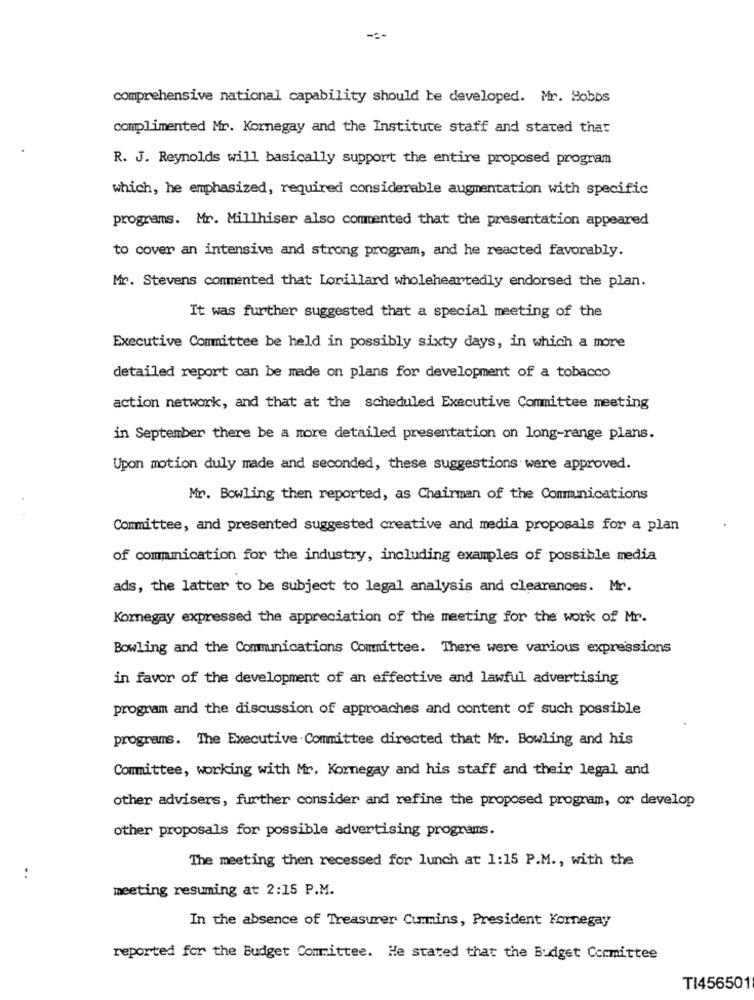
comprehensive national capability should be developed. Mr. Hobbs
complimented Mr. Kornegay and the Institute staff and stated that
R. J. Reynolds will basically support the entire proposed program
which, he emphasized, required considerable augmentation with specific
programs. Mr. Millhiser also commented that the presentation appeared
to cover an intensive and strong program, and he reacted favorably.
Mr. Stevens commented that Lorillard wholeheartedly endorsed the plan.
It was further suggested that a special meeting of the
Executive Committee be held in possibly sixty days, in which a more
detailed report can be made on plans for development of a tobacco
action network, and that at the scheduled Executive Committee meeting
in September there be a more detailed presentation on long-range plans.
Upon motion duly made and seconded, these suggestions were approved.
Mr. Bowling then reported, as Chairman of the Communications
Committee, and presented suggested creative and media proposals for a plan
of communication for the industry, including examples of possible media
ads, the latter to be subject to legal analysis and clearances. Mr.
Komnegay expressed the appreciation of the meeting for the work of Mr.
Bowling and the Communications Committee. There were various expressions
in favor of the development of an effective and lawful advertising
program and the discussion of approaches and content of such possible
programs. The Executive Committee directed that Mr. Bowling and his
Committee, working with Mr. Kornegay and his staff and their legal and
other advisers, further consider and refine the proposed program, or develop
other proposals for possible advertising programs.
The meeting then recessed for lunch at 1:15 P.M ., with the
..
meeting resuming at 2:15 P.M.
In the absence of Treasurer Cummins, President Kornegay
reported for the Budget Committee. He stated that the Budget Committee
TI456501